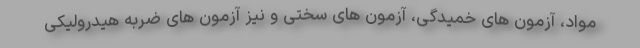
مواد، آزمون های خمیدگی، آزمون های سختی و نیز آزمون های ضربه هیدرولیکی